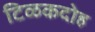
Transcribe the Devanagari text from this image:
टिळकदोह